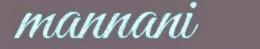
mannani